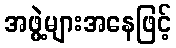
အဖွဲ့များအနေဖြင့်